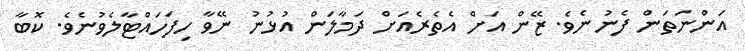
އަންނަތަން ފެނުނެވެ. ޒޭން އަށް އެތެރެއަށް ދަމާލަން އުޅުނު ނޭވާ ހިފަހައްޓާލެވުނެވެ. ކޮބާ